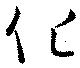
化